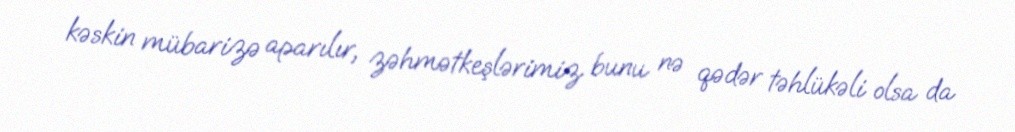
kəskin mübarizə aparılır, zəhmətkeşlərimiz bunu nə qədər təhlükəli olsa da